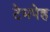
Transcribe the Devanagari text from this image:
टेमपेह